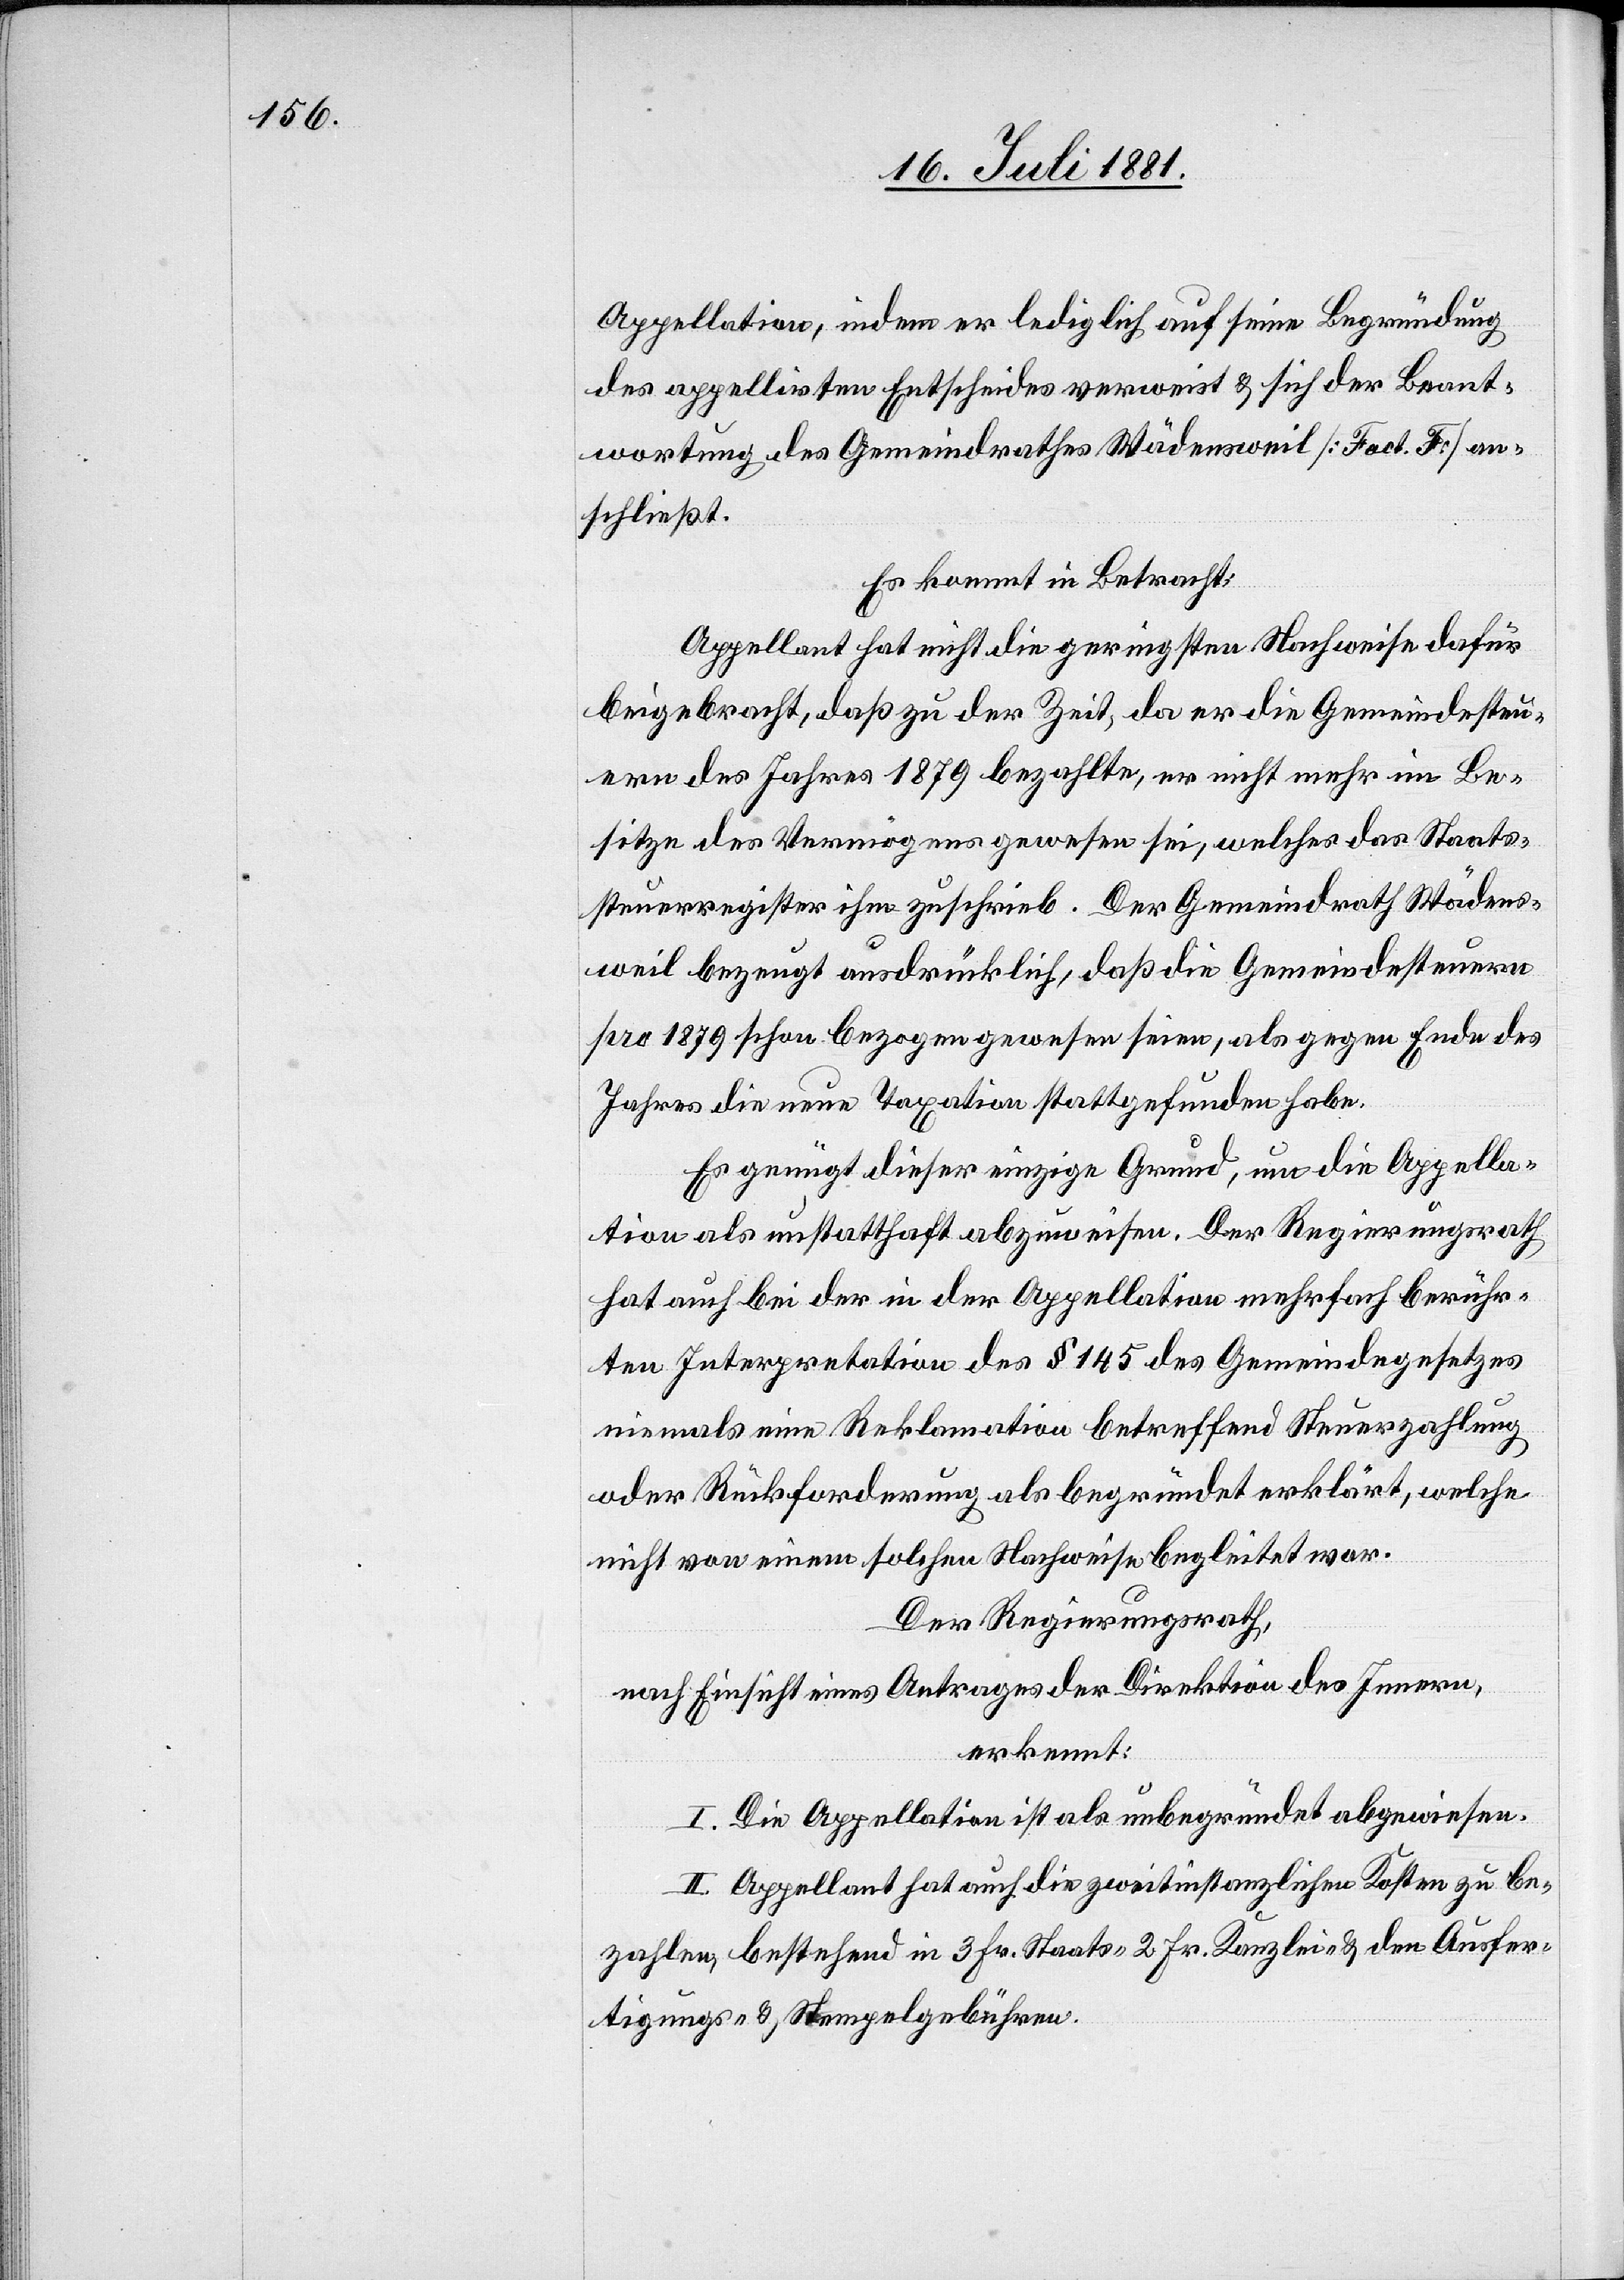
Appellation, indem er lediglich auf seine Begründung
des appellirten Entscheides verweist & sich der Beant¬
wortung des Gemeindrathes Wädensweil [Fact. F] an¬
schließt.
Es kommt in Betracht:
Appellant hat nicht die geringsten Nachweise dafür
beigebracht, daß zu der Zeit, da er die Gemeindesteu¬
ern des Jahres 1879 bezahlte, er nicht mehr im Be¬
sitze des Vermögens gewesen sei, welches das Staats¬
steuerregister ihm zuschrieb. Der Gemeindrath Wädens¬
weil bezeugt ausdrücklich, daß die Gemeindesteuern
pro 1879 schon bezogen seien, als gegen Ende des Jahres die
Es genügt dieser einzige Grund, um die Appella¬
tion als unstatthaft abzuweisen. Der Regierungsrath
hat auch bei der in der Appellation mehrfach berühr¬
ten Interpretation des § 145 des Gemeindegesetzes
niemals eine Reklamation betreffend Steuerzahlung
oder Rückforderung als begründet erklärt, welche
nicht von einem solchen Nachweise begleitet war.
Der Regierungsrath,
nach Einsicht eines Antrages der Direktion des Innern,
erkennt:
I. Die Appellation ist als unbegründet abgewiesen.
II. Appellant hat auch die zweitinstanzlichen Kosten zu be¬
zahlen, bestehend in 3. Fr. Staats- 2 Fr. Kanzlei- & den Ausfer¬
tigungs- & Stempelgebühren.